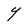
Character: Y